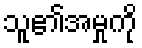
သူ၏အမှုကို